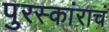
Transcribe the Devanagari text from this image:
पुरस्कांराचं